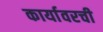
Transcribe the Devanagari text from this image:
कार्यावरची